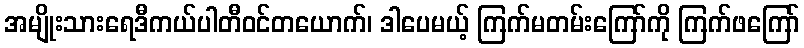
အမျိုးသားရေဒီကယ်ပါတီဝင်တယောက်၊ ဒါပေမယ့် ကြက်မတမ်းကြော်ကို ကြက်ဖကြော်